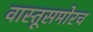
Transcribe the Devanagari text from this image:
वास्तूसमोरच